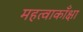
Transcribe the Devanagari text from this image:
महत्वाकाँक्षा